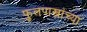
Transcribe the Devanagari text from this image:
फुलपाख्रांच्या